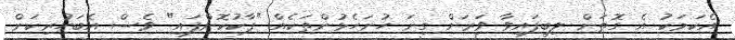
އެކަމަކު އެ ގޮތަށް ލިބިފައިވާ ވަރަށް ގިނަ ހުށަހެޅުންތަކެއް "ޕާކުކޮށްފައި" ވެސް އެބަހުރިކަން